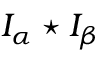
I _ { \alpha } \star I _ { \beta }